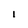
Character: 1